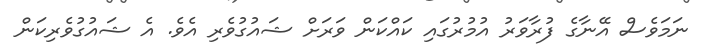
ނަމަވެސް އޭނާގެ ފުރާވަރު އުމުރުގައި ކައްކަން ވަރަށް ޝައުގުވެރި އެވެ. އެ ޝައުގުވެރިކަން